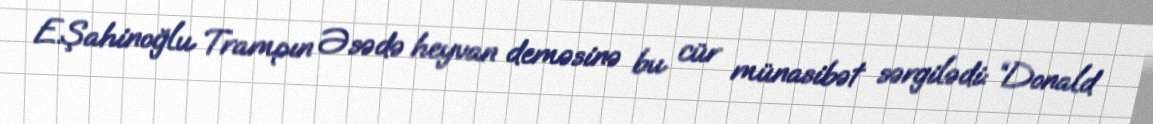
E.Şahinoğlu Trampın Əsədə heyvan deməsinə bu cür münasibət sərgilədi: “Donald